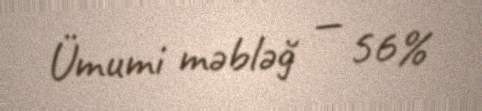
Ümumi məbləğ — 56%